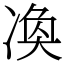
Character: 𠗫